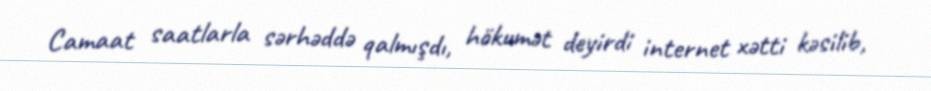
Camaat saatlarla sərhəddə qalmışdı, hökumət deyirdi internet xətti kəsilib,